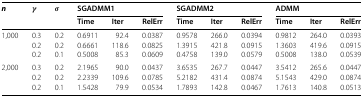
| <ROWSPAN=2> n | <ROWSPAN=2> γ | <ROWSPAN=2> σ | <COLSPAN=3> SGADMM1 | <COLSPAN=3> SGADMM2 | <COLSPAN=3> ADMM |
 | Time | Iter | RelErr | Time | Iter | RelErr | Time | Iter | RelErr |
 | --- | --- | --- | --- | --- | --- | --- | --- | --- | --- | --- | --- |
 | <ROWSPAN=3> 1,000 | 0.3 | 0.2 | 0.6911 | 92.4 | 0.0387 | 0.9578 | 266.0 | 0.0394 | 0.9812 | 264.0 | 0.0393 |
 | 0.2 | 0.2 | 0.6661 | 118.6 | 0.0825 | 1.3915 | 421.8 | 0.0915 | 1.3603 | 419.6 | 0.0915 |
 | 0.2 | 0.1 | 0.5008 | 85.3 | 0.0609 | 0.4758 | 139.0 | 0.0579 | 0.5008 | 138.0 | 0.0539 |
 | <ROWSPAN=3> 2,000 | 0.3 | 0.2 | 2.1965 | 90.0 | 0.0437 | 3.6535 | 267.7 | 0.0447 | 3.5412 | 265.6 | 0.0447 |
 | 0.2 | 0.2 | 2.2339 | 109.6 | 0.0785 | 5.2182 | 431.4 | 0.0874 | 5.1543 | 429.0 | 0.0874 |
 | 0.2 | 0.1 | 1.5428 | 79.9 | 0.0534 | 1.7893 | 142.8 | 0.0467 | 1.7613 | 140.8 | 0.0513 |